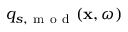
q _ { s , \mathrm { ~ m ~ o ~ d ~ } } ( \mathbf { x } , \omega )